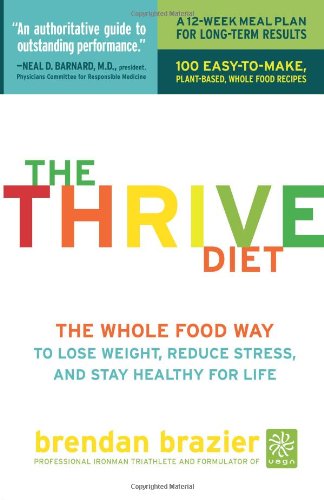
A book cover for The Thrive Diet: The Whole Food Way to Lose Weight, Reduce Stress, and Stay Healthy for Life; Brendan Brazier; Cookbooks, Food & Wine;